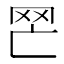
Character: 𦉽